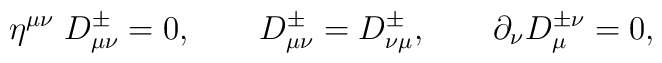
\eta^{\mu \nu}\;D_{\mu \nu}^{\pm}=0, \qquad D_{\mu \nu}^{\pm}=D_{\nu \mu}^{\pm}, \qquad \partial _{\nu}D_{\mu}^{\pm \nu}=0,